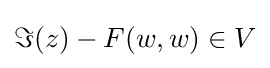
\Im (z)-F(w,w)\in V